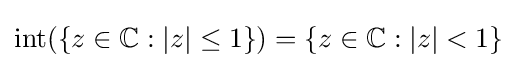
\operatorname {int} (\{z\in \mathbb {C} :|z|\leq 1\})=\{z\in \mathbb {C} :|z|<1\}